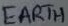
Text: EARTH